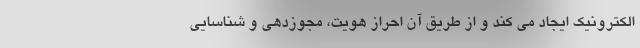
الکترونیک ایجاد می کند و از طریق آن احراز هویت، مجوزدهی و شناسایی